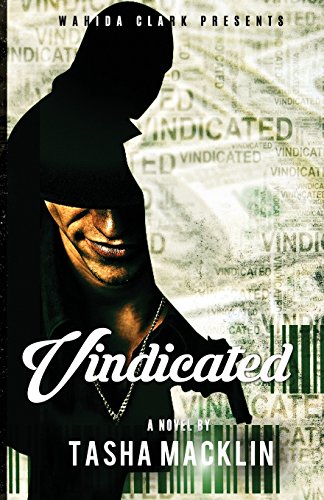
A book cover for Vindicated (Wahida Clark Presents); Wahida Clark & Tasha Macklin; Romance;